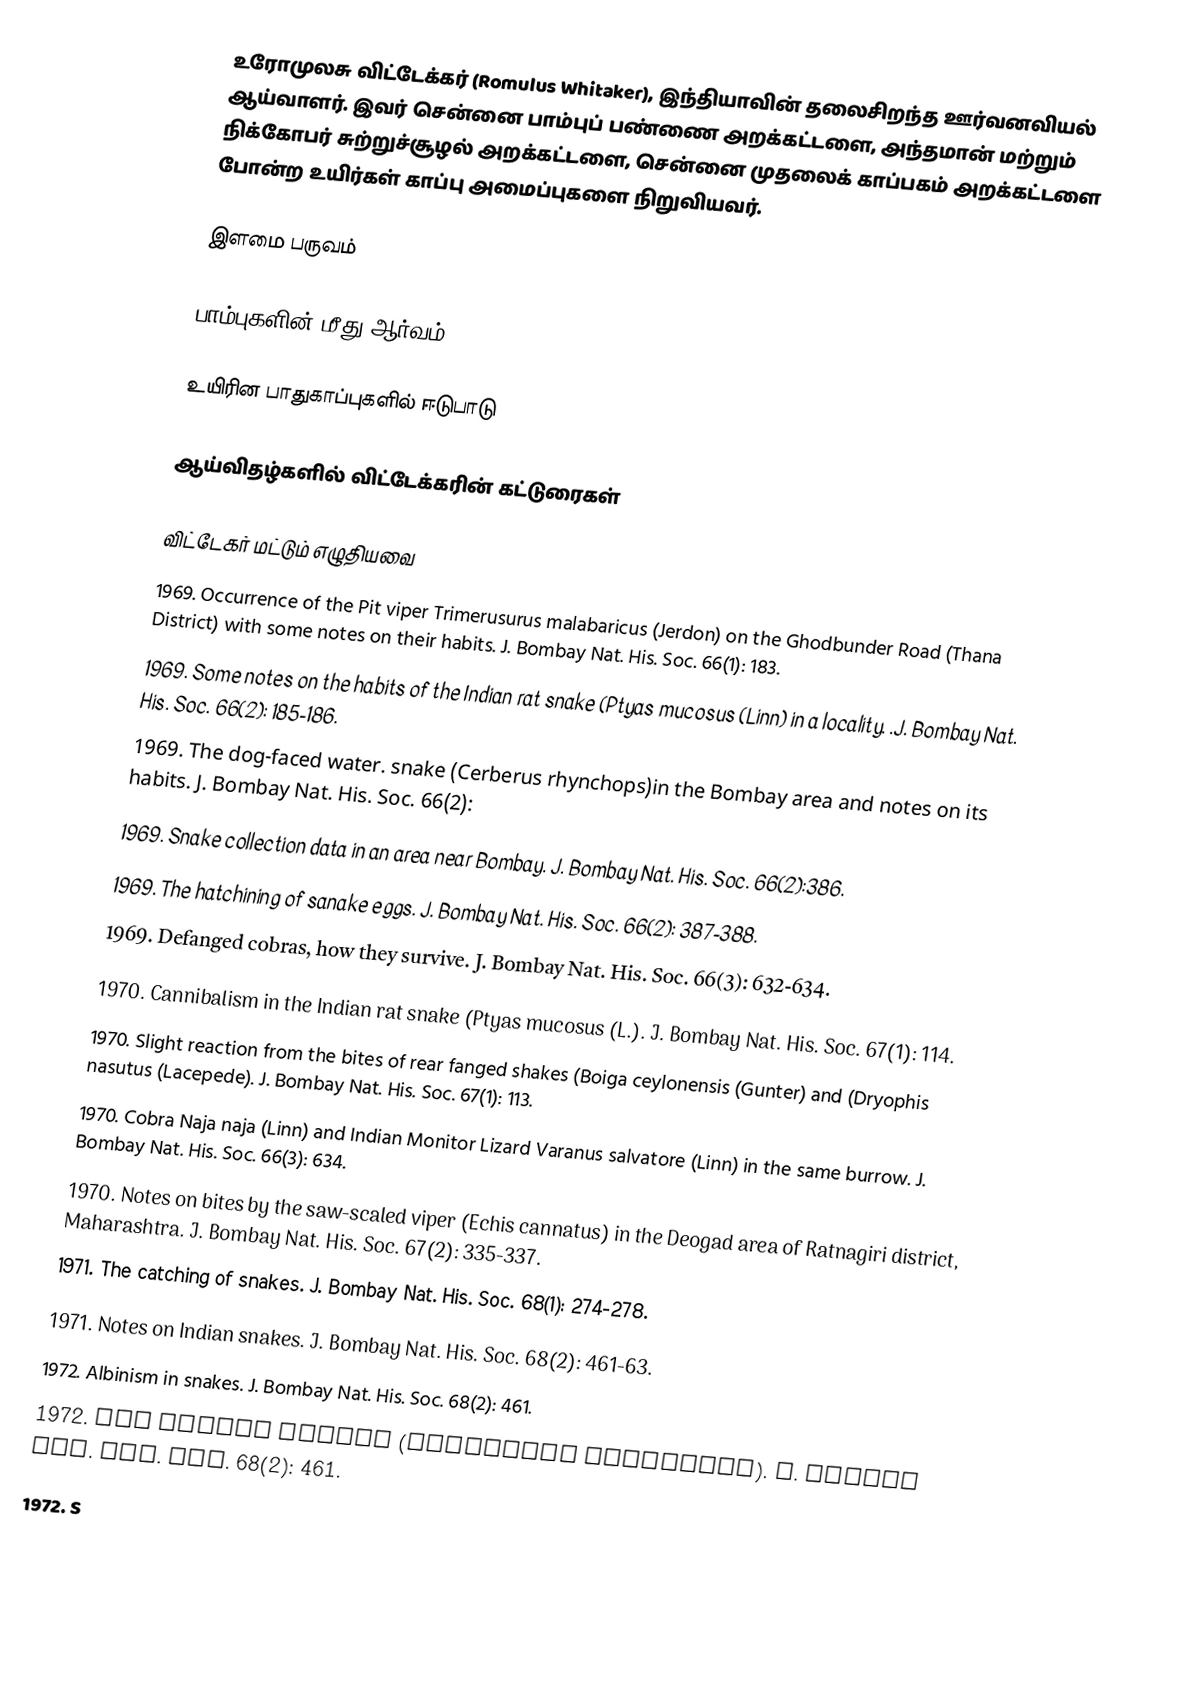
உரோமுலசு விட்டேக்கர் (Romulus Whitaker), இந்தியாவின் தலைசிறந்த ஊர்வனவியல் ஆய்வாளர். இவர் சென்னை பாம்புப் பண்ணை அறக்கட்டளை, அந்தமான் மற்றும் நிக்கோபர் சுற்றுச்சூழல் அறக்கட்டளை, சென்னை முதலைக் காப்பகம் அறக்கட்டளை போன்ற உயிர்கள் காப்பு அமைப்புகளை நிறுவியவர்.

இளமை பருவம்

பாம்புகளின் மீது ஆர்வம்

உயிரின பாதுகாப்புகளில் ஈடுபாடு

ஆய்விதழ்களில் விட்டேக்கரின் கட்டுரைகள்

விட்டேகர் மட்டும் எழுதியவை
 1969.  Occurrence of the Pit viper Trimerusurus  malabaricus (Jerdon) on the Ghodbunder    Road (Thana District) with some notes on their  habits. J. Bombay Nat. His. Soc.  66(1): 183.
 1969.  Some notes on the habits of the Indian rat snake (Ptyas mucosus (Linn) in a locality. .J. Bombay Nat. His. Soc. 66(2): 185-186.
 1969.  The dog-faced water. snake (Cerberus  rhynchops)in the Bombay area and notes on  its habits. J. Bombay Nat. His. Soc. 66(2):
 1969.  Snake collection data in an area near Bombay.  J.  Bombay Nat. His. Soc.  66(2):386.
 1969.  The hatchining of sanake eggs.  J. Bombay Nat. His. Soc.  66(2): 387-388.
 1969.  Defanged cobras, how they survive.  J. Bombay Nat. His. Soc. 66(3): 632-634.
 1970.  Cannibalism in the Indian rat snake (Ptyas  mucosus (L.). J. Bombay Nat.  His. Soc.  67(1): 114.
 1970.  Slight reaction from the bites of rear fanged shakes (Boiga ceylonensis (Gunter) and (Dryophis  nasutus (Lacepede).  J. Bombay Nat. His. Soc.   67(1): 113.
 1970.  Cobra Naja naja (Linn) and Indian  Monitor Lizard Varanus salvatore (Linn) in the same burrow.  J. Bombay Nat. His. Soc. 66(3): 634.
 1970.  Notes on bites by the saw-scaled viper (Echis  cannatus) in the Deogad area of Ratnagiri district, Maharashtra. J. Bombay Nat. His. Soc. 67(2): 335-337.
 1971.  The catching of snakes. J. Bombay Nat.  His. Soc.   68(1): 274-278.
 1971.  Notes on Indian snakes. J. Bombay Nat.  His. Soc. 68(2): 461-63.
 1972.  Albinism in snakes.   J. Bombay Nat. His. Soc. 68(2): 461.
 1972.  Two headed snakes (Cereberus rhynchops).  J. Bombay Nat. His. Soc. 68(2):  461.
 1972.  S